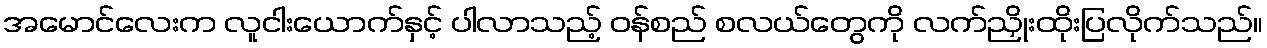
အမောင်လေးက လူငါးယောက်နှင့် ပါလာသည့် ဝန်စည် စလယ်တွေကို လက်ညှိုးထိုးပြလိုက်သည်။